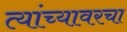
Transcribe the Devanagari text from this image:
त्यांच्यावरचा